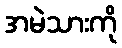
အမဲသားကို